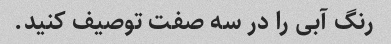
رنگ آبی را در سه صفت توصیف کنید.